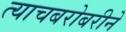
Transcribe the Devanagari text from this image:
त्याचबरोबरीने